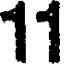
11